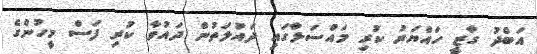
އަބްދު ގާޒީ ހައްޔަރު ކުރި މައްސަލާގައި ދައުލަތުން ދައުވާ ކުރި ފަސް މީހުންގެ